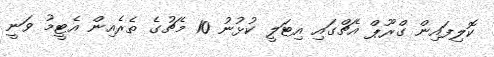
ކޮލިފައިން ގްރޫޕް އެޗްގައި އިޓަލީ ކުޅުނު 10 މެޗުގެ ތެރެއިން އެޓީމު ވަނީ